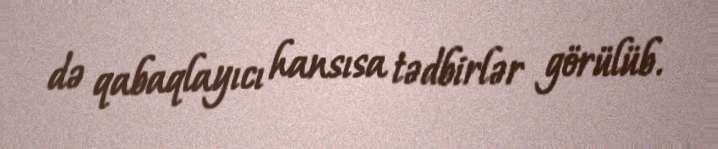
də qabaqlayıcı hansısa tədbirlər görülüb.